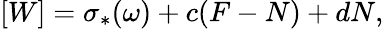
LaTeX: [W]=\sigma_{*}(\omega)+c(F-N)+dN,